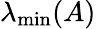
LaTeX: \lambda_{\mathrm{min}}(A)